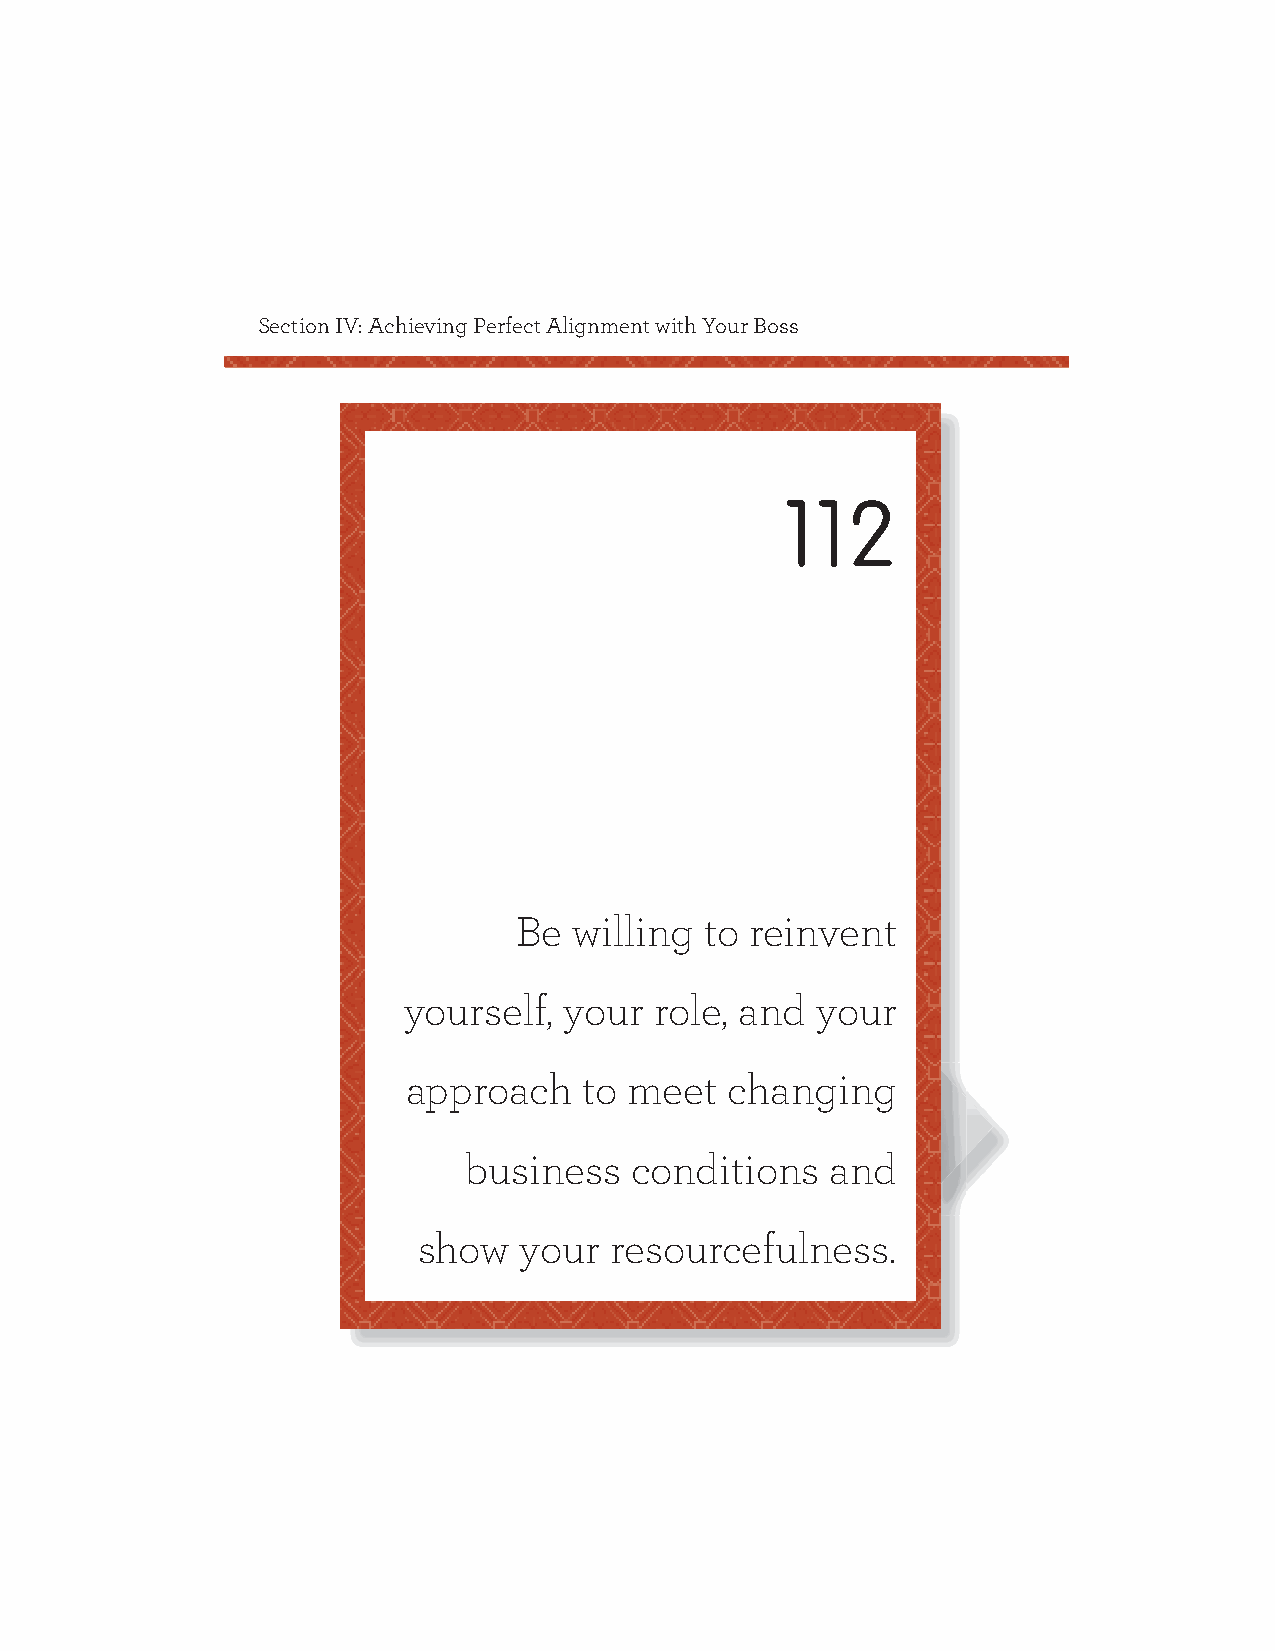
Section IV: Achieving Perfect Alignment with Your Boss
 112
 Be  willing  to reinvent
 yourself, your  role, and  your
 approach    to meet  changing
 business   conditions   and
 show  your  resourcefulness.